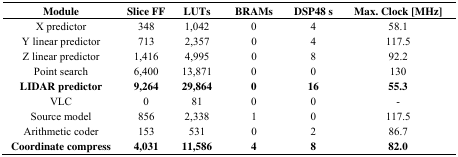
<table><thead><tr><td><b>Module</b></td><td><b>Slice FF</b></td><td><b>LUTs</b></td><td><b>BRAMs</b></td><td><b>DSP48 s</b></td><td><b>Max. Clock [MHz]</b></td></tr></thead><tbody><tr><td>X predictor</td><td>348</td><td>1,042</td><td>0</td><td>4</td><td>58.1</td></tr><tr><td>Y linear predictor</td><td>713</td><td>2,357</td><td>0</td><td>4</td><td>117.5</td></tr><tr><td>Z linear predictor</td><td>1,416</td><td>4,995</td><td>0</td><td>8</td><td>92.2</td></tr><tr><td>Point search</td><td>6,400</td><td>13,871</td><td>0</td><td>0</td><td>130</td></tr><tr><td><b>LIDAR predictor</b></td><td><b>9,264</b></td><td><b>29,864</b></td><td><b>0</b></td><td><b>16</b></td><td><b>55.3</b></td></tr><tr><td>VLC</td><td>0</td><td>81</td><td>0</td><td>0</td><td>-</td></tr><tr><td>Source model</td><td>856</td><td>2,338</td><td>1</td><td>0</td><td>117.5</td></tr><tr><td>Arithmetic coder</td><td>153</td><td>531</td><td>0</td><td>2</td><td>86.7</td></tr><tr><td><b>Coordinate compress</b></td><td><b>4,031</b></td><td><b>11,586</b></td><td><b>4</b></td><td><b>8</b></td><td><b>82.0</b></td></tr></tbody></table>